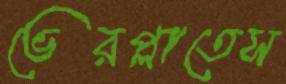
ভেরপ্লাতেস